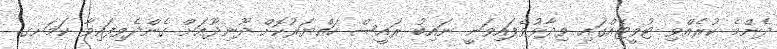
ދެންމެ ކުރެއްވި ޓުވީޓެއްގައި ވިދާޅުވެފައިވަނީ ނައިބު ރައީސް ހައްޔަރުކޮށް ދޫނިދޫއަށް ގެންދެވިފައިވާ ކަމަށޤ.